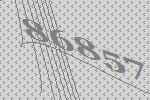
86857